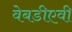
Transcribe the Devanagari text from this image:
वेबडीएवी